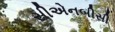
સીએનબીસી